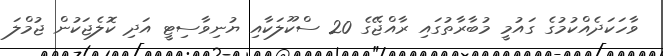
ވާހަކަދެއްކުމުގެ ގައުމީ މުބާރާތުގައި ރާއްޖޭގެ 20 ސްކޫލަކާއި ޔުނިވާސިޓީ އަދި ކޮލެޖަކުން ޖުމްލަ